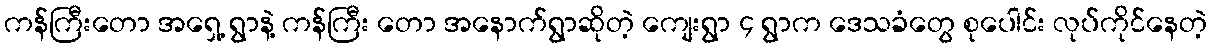
ကန်ကြီးတော အရှေ့ ရွာနဲ့ ကန်ကြီး တော အနောက်ရွာဆိုတဲ့ ကျေးရွာ ၄ ရွာက ဒေသခံတွေ စုပေါင်း လုပ်ကိုင်နေတဲ့